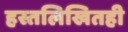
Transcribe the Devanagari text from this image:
हस्तलिखितही